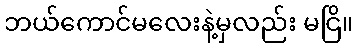
ဘယ်ကောင်မလေးနဲ့မှလည်း မငြိ။